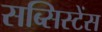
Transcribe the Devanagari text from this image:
सब्सिस्टेंस